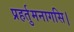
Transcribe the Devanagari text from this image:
प्रहर्तुमनागसि।